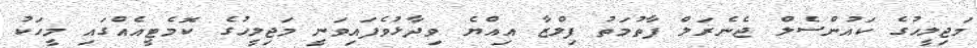
މަޖިލީހުގެ ކައުންސެލް ޖެނެރަލް ފާތުމަތު ފިލްޒާ އިއްޔެ ވިދާޅުވެފައިވަނީ މަޖިލީހުގެ ކޮމެޓީއެއްގައި މީހަކު